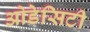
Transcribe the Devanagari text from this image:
ओडेसिटी